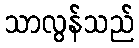
သာလွန်သည်